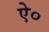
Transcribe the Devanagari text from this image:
ऐ०